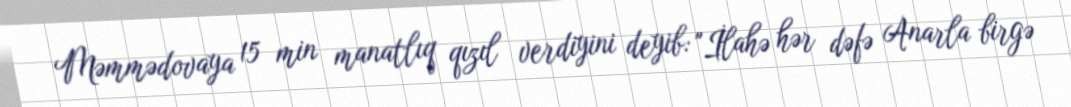
Məmmədovaya 15 min manatlıq qızıl verdiyini deyib: "İlahə hər dəfə Anarla birgə